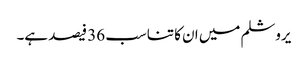
یروشلم میں ان کا تناسب 36 فیصد ہے۔